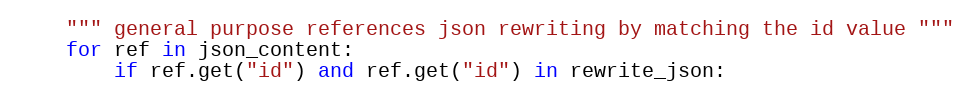
Language: Python
    """ general purpose references json rewriting by matching the id value """
    for ref in json_content:
        if ref.get("id") and ref.get("id") in rewrite_json: